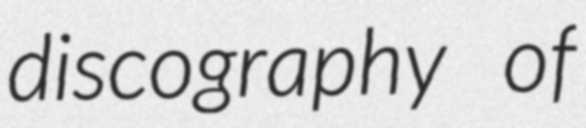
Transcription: discography of